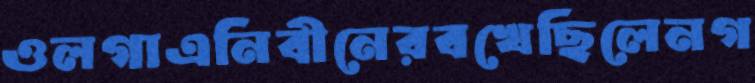
ওলগাএনিবীনেরবখেছিলেনগ